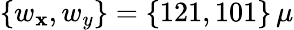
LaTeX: \{ w_{\mathbf{x}},w_{y}\} =\{ 121,101\} \, \mu